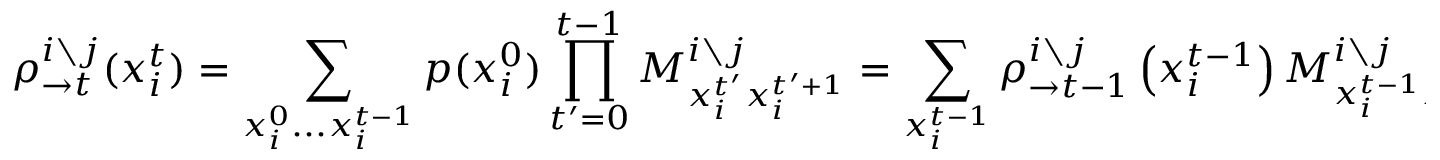
\rho _ { \rightarrow t } ^ { i \setminus j } ( x _ { i } ^ { t } ) = \sum _ { x _ { i } ^ { 0 } . . . x _ { i } ^ { t - 1 } } p ( x _ { i } ^ { 0 } ) \prod _ { t ^ { \prime } = 0 } ^ { t - 1 } M _ { x _ { i } ^ { t ^ { \prime } } x _ { i } ^ { t ^ { \prime } + 1 } } ^ { i \setminus j } = \sum _ { x _ { i } ^ { t - 1 } } \rho _ { \rightarrow t - 1 } ^ { i \setminus j } \left( x _ { i } ^ { t - 1 } \right) M _ { x _ { i } ^ { t - 1 } x _ { i } ^ { t } } ^ { i \setminus j }